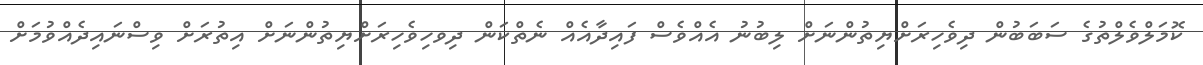
ކޮމަލްވެލްތުގެ ސަބަބުން ދިވެހިރަށްޔިތުންނަށް ލިބުނު އެއްވެސް ފައިދާއެއް ނެތްކަން ދިވހިވެހިރަށްޔިތުންނަށް އިތުރަށް ވިސްނައިދެއްވުމަށް